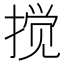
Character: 搅